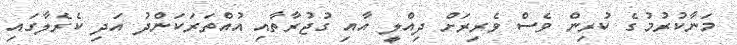
މަނާކުރުމުގެ ކުރިން ވެސް ވެރިރަށް ދިއްލީ އާއި ގުޖުރާތާއި އުއްތަރަކަންދު އަދި ކެރެލާގައި